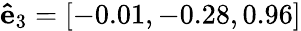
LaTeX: \mathbf{\hat{e}}_{3}=[-0.01,-0.28,0.96]